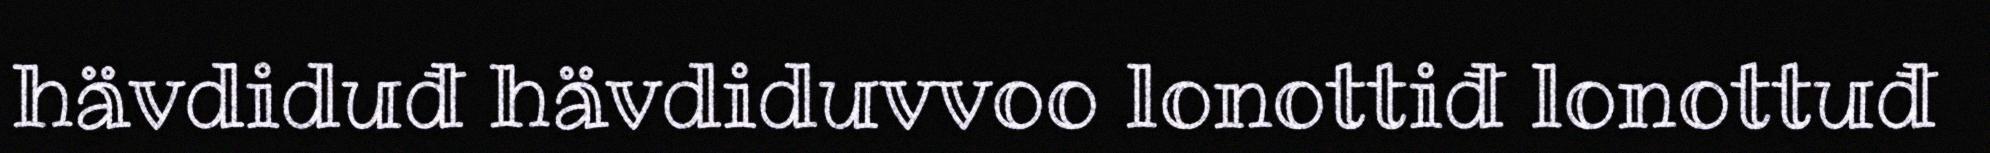
hävdiduđ hävdiduvvoo lonottiđ lonottuđ